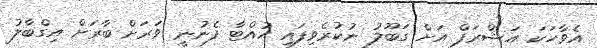
އެވާހަކަ އަޝްރަފް އަށް ގަބޫލު ނުކުރެވިފައި ހުއްޓާ ފެނުނީ ވަރަށް ބާރަށް އިގްބާލު